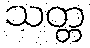
သတ္တ